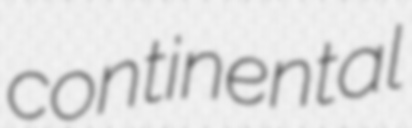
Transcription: continental